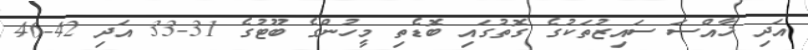
އަދި ޚާއްސަ ސައިޒުތަކުގެ ގޮތުގައި ބޮޑެތި މީހުންގެ ބޫޓުގެ 31-33 އަދި 42-46